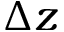
\Delta z